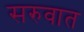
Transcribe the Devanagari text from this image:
सरुवात